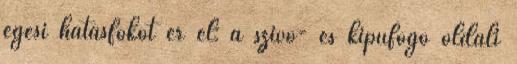
égési hatásfokot ér el: a szívó- és kipufogó oldali